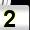
Digit: 2